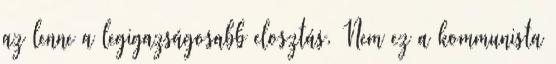
az lenne a legigazságosabb elosztás. Nem ez a kommunista